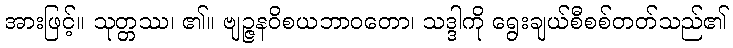
အားဖြင့်။ သုတ္တဿ၊ ၏။ ဗျဉ္ဇနဝိစယဘာဝတော၊ သဒ္ဒါကို ရွေးချယ်စီစစ်တတ်သည်၏